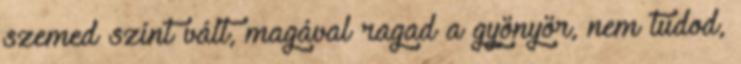
szemed színt vált, magával ragad a gyönyör, nem tudod,